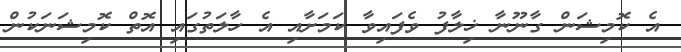
އެ ކޮމިޝަން ގާނޫނާ ޚިލާފު ވެފައިވާ ކަމަށާއި އެ ހާލަތުގައި އޮތް ކޮމިޝަނަކުން